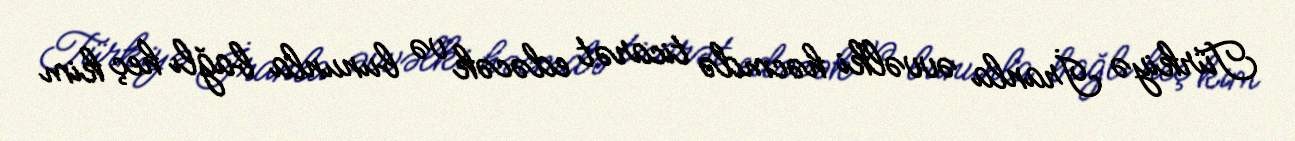
Türkiyə İranla əvvəlki həcmdə ticarət edəcək və bununla bağlı heç kim